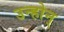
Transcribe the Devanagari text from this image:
उन्होन्